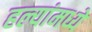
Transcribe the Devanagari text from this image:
हल्यांमध्ये